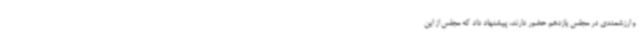
و ارزشمندی در مجلس یازدهم حضور دارند، پیشنهاد داد که مجلس از این